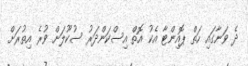
ދެ ވަނާގައި ހަތް ޕޮއިންޓާ އެކު އޮތް އިސްކަންދަރު ސުކޫލަށް ވުރެ އިތުރަށް